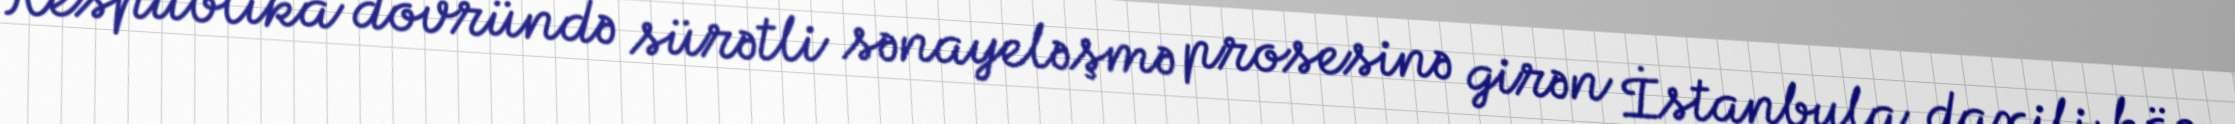
Respublika dövründə sürətli sənayeləşmə prosesinə girən İstanbula daxili köç